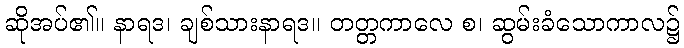
ဆိုအပ်၏။ နာရဒ၊ ချစ်သားနာရဒ။ တတ္တကာလေ စ၊ ဆွမ်းခံသောကာလ၌